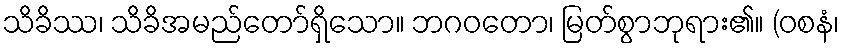
သိခိဿ၊ သိခိအမည်တော်ရှိသော။ ဘဂဝတော၊ မြတ်စွာဘုရား၏။ (ဝစနံ၊